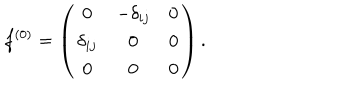
f ^ { ( 0 ) } = \left( \begin{array} { c c c } { { 0 } } & { { - \delta _ { i j } } } & { { 0 } } \\ { { \delta _ { i j } } } & { { 0 } } & { { 0 } } \\ { { 0 } } & { { 0 } } & { { 0 } } \\ \end{array} \right) .